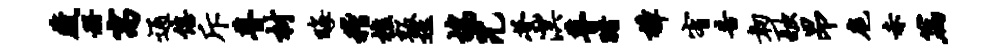
藏册寓通僖斥瞢材晦稽樵叛迤鸪咒茕溟瞢睹樟宥告韧融昂扈赤篇